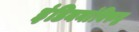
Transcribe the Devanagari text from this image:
इंडियनांविरुद्ध